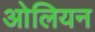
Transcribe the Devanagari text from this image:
ओलियन